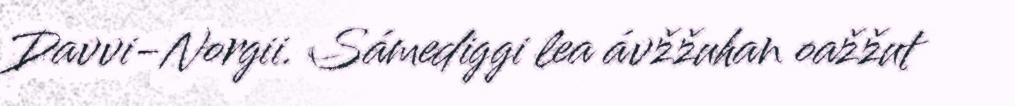
Davvi-Norgii. Sámediggi lea ávžžuhan oažžut